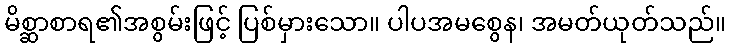
မိစ္ဆာစာရ၏အစွမ်းဖြင့် ပြစ်မှားသော။ ပါပအမစွေန၊ အမတ်ယုတ်သည်။